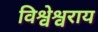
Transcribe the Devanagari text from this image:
विश्वेश्वराय